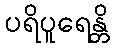
ပရိပူရေန္တိ